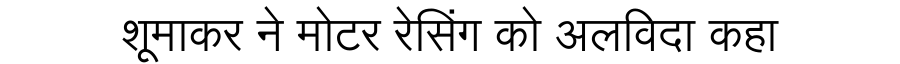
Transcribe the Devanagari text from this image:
शूमाकर ने मोटर रेसिंग को अलविदा कहा